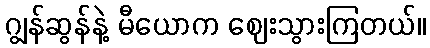
ဂျွန်ဆွန်နဲ့ မီယောက ဈေးသွားကြတယ်။